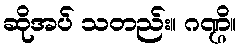
ဆိုအပ် သတည်း။ ဂဏ္ဌိ။